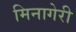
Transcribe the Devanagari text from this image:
मिनागेरी